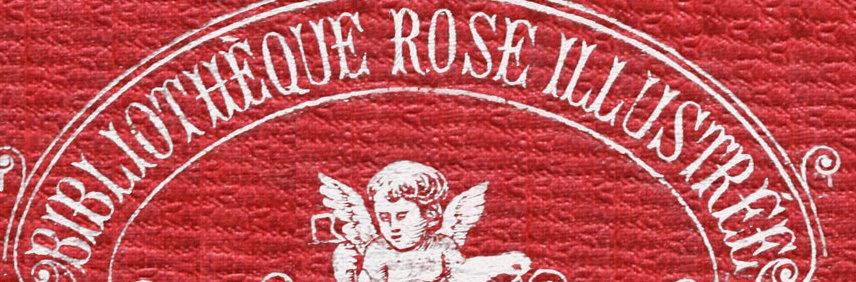
BIBLIOTIIEQUE ROSE ILLUSTREE